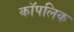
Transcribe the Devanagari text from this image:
कॉपलिक